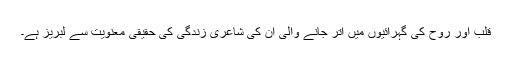
قلب اور روح کی گہرائیوں میں اتر جانے والی ان کی شاعری زندگی کی حقیقی معنویت سے لبریز ہے۔